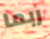
ربما